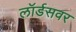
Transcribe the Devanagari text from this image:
लॉर्डसवर